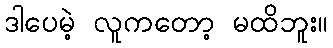
ဒါပေမဲ့ လူကတော့ မထိဘူး။